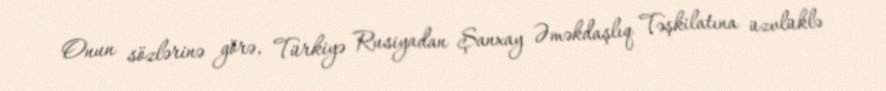
Onun sözlərinə görə, Türkiyə Rusiyadan Şanxay Əməkdaşlıq Təşkilatına üzvlüklə